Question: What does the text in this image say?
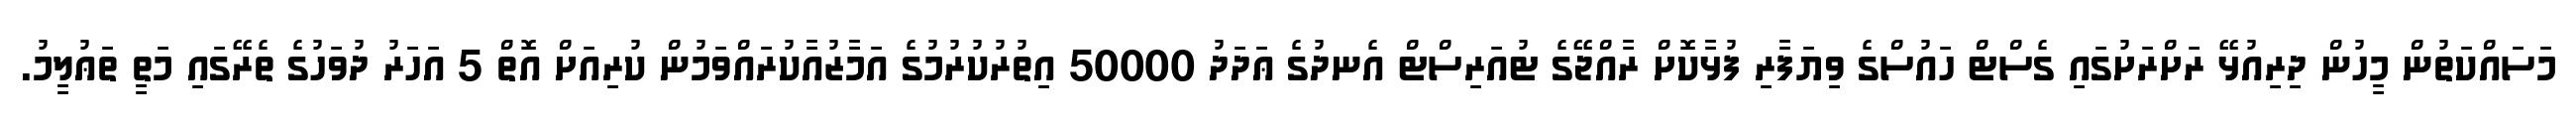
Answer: މަސައްކަތުން މީހުން ދިރިއުޅޭ ރަށްރަށުގައި ގެސްޓް ހައުސްގެ ވިޔަފާރި ފުޅާކޮށް ރާއްޖޭގެ ޓުއަރިސްޓް އެނދުގެ ޢަދަދު 50000 އިތުރުކުރުމުގެ އަމާޒުއާކުރައްވަމުން ކުރިއަށް އޮތް 5 އަހަރު ދުވަހުގެ ތެރޭގައި މަތީ ތަޢުލީމު.